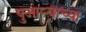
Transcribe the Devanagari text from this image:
पुजाऱ्याच्या